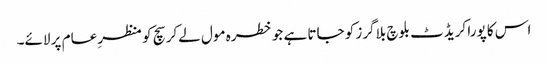
اس کا پورا کریڈٹ بلوچ بلاگرز کو جاتا ہے جو خطرہ مول لےکر سچ کو منظرِ عام پر لائے۔